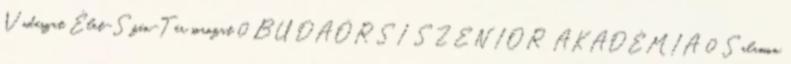
Vadászat Élet-Szín-Tér sorozat 0 BUDAÖRSI SZENIOR AKADÉMIA 0 Salamon